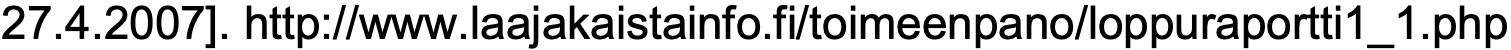
27.4.2007]. http://www.laajakaistainfo.fi/toimeenpano/loppuraportti1_1.php